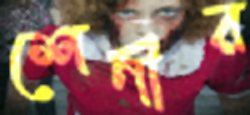
শেণীর